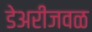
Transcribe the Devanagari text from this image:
डेअरीजवळ